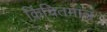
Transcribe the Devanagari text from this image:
किंचितमात्र